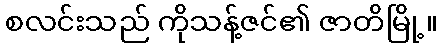
စလင်းသည် ကိုသန့်ဇင်၏ ဇာတိမြို့။